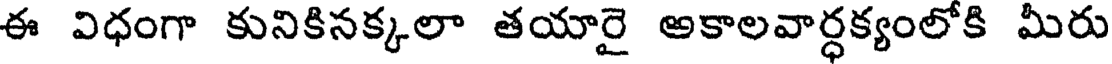
ఈ విధంగా కునికినక్కలా తయారై అకాలవార్ధక్యంలోకి మీరు